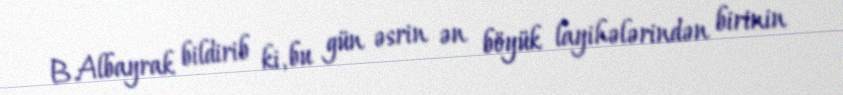
B.Albayrak bildirib ki, bu gün əsrin ən böyük layihələrindən birinin